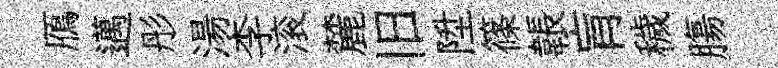
鴈邁彤湯李滚麓旧陞篠韔肓穢膓